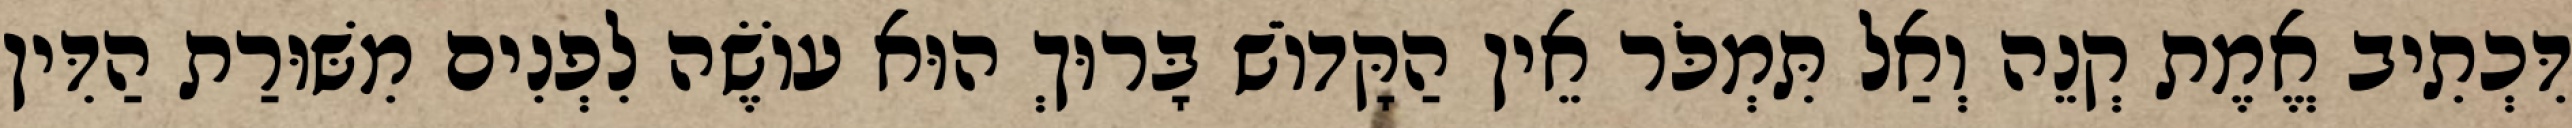
דִּכְתִיב אֱמֶת קְנֵה וְאַל תִּמְכֹּר אֵין הַקָּדוֹשׁ בָּרוּךְ הוּא עוֹשֶׂה לִפְנִים מִשּׁוּרַת הַדִּין